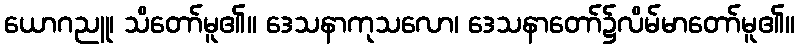
ယောဂညူ၊ သိတော်မူ၏။ ဒေသနာကုသလော၊ ဒေသနာတော်၌လိမ်မာတော်မူ၏။